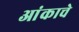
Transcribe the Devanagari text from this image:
आंकाचे